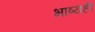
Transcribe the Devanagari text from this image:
भाष्यही